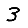
Digit: 3